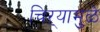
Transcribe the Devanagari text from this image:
चिऱ्यामुळे